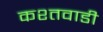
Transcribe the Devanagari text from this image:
कश्तवाडी